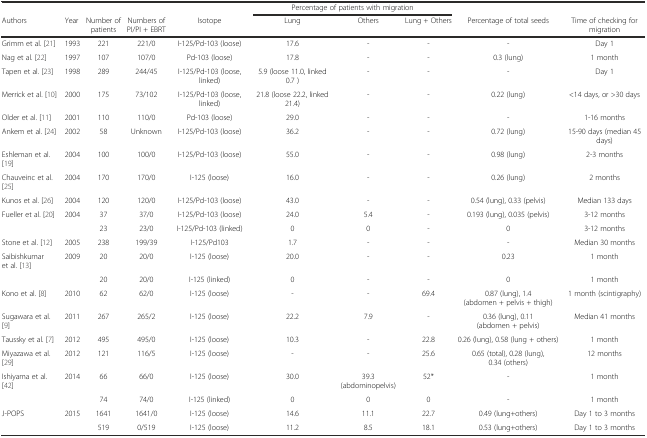
<table><thead><tr><td></td><td></td><td></td><td></td><td></td><td colspan="3"><b>Percentage of patients with migration</b></td><td></td><td></td></tr><tr><td><b>Authors</b></td><td><b>Year</b></td><td><b>Number of patients</b></td><td><b>Numbers of PI/PI + EBRT</b></td><td><b>Isotope</b></td><td><b>Lung</b></td><td><b>Others</b></td><td><b>Lung + Others</b></td><td><b>Percentage of total seeds</b></td><td><b>Time of checking for migration</b></td></tr></thead><tbody><tr><td>Grimm et al. [21]</td><td>1993</td><td>221</td><td>221/0</td><td>I-125/Pd-103 (loose)</td><td>17.6</td><td>-</td><td>-</td><td>-</td><td>Day 1</td></tr><tr><td>Nag et al. [22]</td><td>1997</td><td>107</td><td>107/0</td><td>Pd-103 (loose)</td><td>17.8</td><td>-</td><td>-</td><td>0.3 (lung)</td><td>1 month</td></tr><tr><td>Tapen et al. [23]</td><td>1998</td><td>289</td><td>244/45</td><td>I-125/Pd-103 (loose, linked)</td><td>5.9 (loose 11.0, linked 0.7 )</td><td>-</td><td>-</td><td>-</td><td>Day 1</td></tr><tr><td>Merrick et al. [10]</td><td>2000</td><td>175</td><td>73/102</td><td>I-125/Pd-103 (loose, linked)</td><td>21.8 (loose 22.2, linked 21.4)</td><td>-</td><td>-</td><td>0.22 (lung)</td><td>&lt;14 days, or &gt;30 days</td></tr><tr><td>Older et al. [11]</td><td>2001</td><td>110</td><td>110/0</td><td>Pd-103 (loose)</td><td>29.0</td><td>-</td><td>-</td><td>-</td><td>1-16 months</td></tr><tr><td>Ankem et al. [24]</td><td>2002</td><td>58</td><td>Unknown</td><td>I-125/Pd-103 (loose)</td><td>36.2</td><td>-</td><td>-</td><td>0.72 (lung)</td><td>15-90 days (median 45 days)</td></tr><tr><td>Eshleman et al. [19]</td><td>2004</td><td>100</td><td>100/0</td><td>I-125/Pd-103 (loose)</td><td>55.0</td><td>-</td><td>-</td><td>0.98 (lung)</td><td>2-3 months</td></tr><tr><td>Chauveinc et al. [25]</td><td>2004</td><td>170</td><td>170/0</td><td>I-125 (loose)</td><td>16.0</td><td>-</td><td>-</td><td>0.26 (lung)</td><td>2 months</td></tr><tr><td>Kunos et al. [26]</td><td>2004</td><td>120</td><td>120/0</td><td>I-125/Pd-103 (loose)</td><td>43.0</td><td>-</td><td>-</td><td>0.54 (lung), 0.33 (pelvis)</td><td>Median 133 days</td></tr><tr><td>Fueller et al. [20]</td><td>2004</td><td>37</td><td>37/0</td><td>I-125/Pd-103 (loose)</td><td>24.0</td><td>5.4</td><td>-</td><td>0.193 (lung), 0.035 (pelvis)</td><td>3-12 months</td></tr><tr><td></td><td></td><td>23</td><td>23/0</td><td>I-125/Pd-103 (linked)</td><td>0</td><td>0</td><td>-</td><td>0</td><td>3-12 months</td></tr><tr><td>Stone et al. [12]</td><td>2005</td><td>238</td><td>199/39</td><td>I-125/Pd103</td><td>1.7</td><td>-</td><td>-</td><td>-</td><td>Median 30 months</td></tr><tr><td>Saibishkumar et al. [13]</td><td>2009</td><td>20</td><td>20/0</td><td>I-125 (loose)</td><td>20.0</td><td>-</td><td>-</td><td>0.23</td><td>1 month</td></tr><tr><td></td><td></td><td>20</td><td>20/0</td><td>I-125 (linked)</td><td>0</td><td>-</td><td>-</td><td>0</td><td>1 month</td></tr><tr><td>Kono et al. [8]</td><td>2010</td><td>62</td><td>62/0</td><td>I-125 (loose)</td><td>-</td><td>-</td><td>69.4</td><td>0.87 (lung), 1.4 (abdomen + pelvis + thigh)</td><td>1 month (scintigraphy)</td></tr><tr><td>Sugawara et al. [9]</td><td>2011</td><td>267</td><td>265/2</td><td>I-125 (loose)</td><td>22.2</td><td>7.9</td><td>-</td><td>0.36 (lung), 0.11 (abdomen + pelvis)</td><td>Median 41 months</td></tr><tr><td>Taussky et al. [7]</td><td>2012</td><td>495</td><td>495/0</td><td>I-125 (loose)</td><td>10.3</td><td>-</td><td>22.8</td><td>0.26 (lung), 0.58 (lung + others)</td><td>1 month</td></tr><tr><td>Miyazawa et al. [29]</td><td>2012</td><td>121</td><td>116/5</td><td>I-125 (loose)</td><td>-</td><td>-</td><td>25.6</td><td>0.65 (total), 0.28 (lung), 0.34 (others)</td><td>12 months</td></tr><tr><td>Ishiyama et al. [42]</td><td>2014</td><td>66</td><td>66/0</td><td>I-125 (loose)</td><td>30.0</td><td>39.3 (abdominopelvis)</td><td>52*</td><td>-</td><td>1 month</td></tr><tr><td></td><td></td><td>74</td><td>74/0</td><td>I-125 (linked)</td><td>0</td><td>0</td><td>0</td><td>-</td><td>1 month</td></tr><tr><td>J-POPS</td><td>2015</td><td>1641</td><td>1641/0</td><td>I-125 (loose)</td><td>14.6</td><td>11.1</td><td>22.7</td><td>0.49 (lung+others)</td><td>Day 1 to 3 months</td></tr><tr><td></td><td></td><td>519</td><td>0/519</td><td>I-125 (loose)</td><td>11.2</td><td>8.5</td><td>18.1</td><td>0.53 (lung+others)</td><td>Day 1 to 3 months</td></tr></tbody></table>